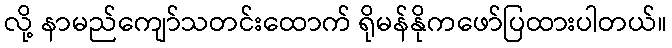
လို့ နာမည်ကျော်သတင်းထောက် ရိုမန်နိုကဖော်ပြထားပါတယ်။